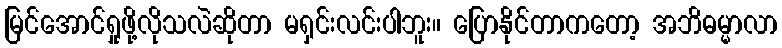
မြင်အောင်ရှုဖို့လိုသလဲဆိုတာ မရှင်းလင်းပါဘူး။ ပြောနိုင်တာကတော့ အဘိဓမ္မာလာ